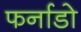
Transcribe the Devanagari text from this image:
फर्नाडो